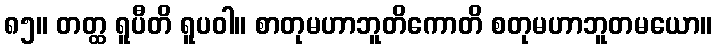
၈၅။ တတ္ထ ရူပီတိ ရူပဝါ။ စာတုမဟာဘူတိကောတိ စတုမဟာဘူတမယော။